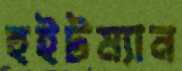
হুইটম্যান